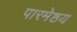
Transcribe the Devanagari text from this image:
पारमेष्ठय